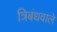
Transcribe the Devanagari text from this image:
त्रिबंधवाले